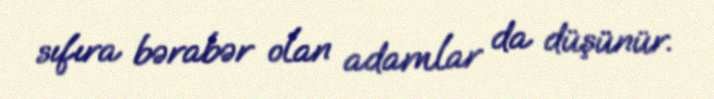
sıfıra bərabər olan adamlar da düşünür.